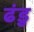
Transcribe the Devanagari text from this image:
ढंडु